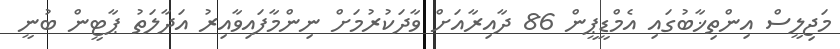
މަޖިލީސް އިންތިޚާބުގައި އެމްޑީޕީން 86 ދާއިރާއަށް ވާދަކުރުމަށް ނިންމާފައިވާއިރު އަދާލަތު ޕާޓީން ބުނީ